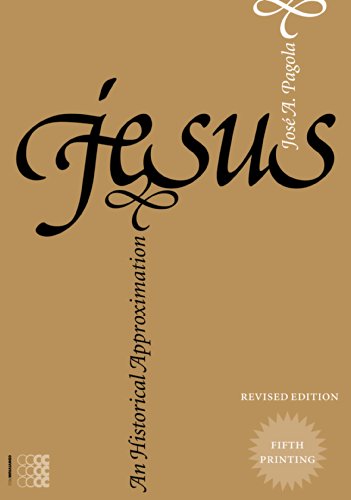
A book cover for Jesus: An Historical Approximation (Kyrios); Jose Antonio Pagola; Christian Books & Bibles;